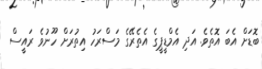
ބޮޑަށް އެބަ އޮތެވެ. އަދި އެމްޑީޕީގެ އެތެރޭގެ މަސްރަހު އިތުރަށް ހޫނުވެ ރައީސް